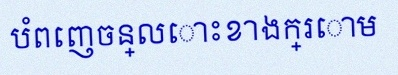
បំពេញចន្លោះខាងក្រោម